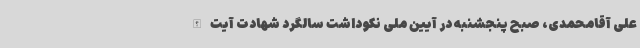
علی آقامحمدی، صبح پنجشنبه در آیین ملی نکوداشت سالگرد شهادت آیت الله